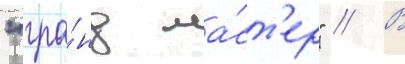
"гра́нд ма́ст'ер" // В